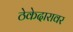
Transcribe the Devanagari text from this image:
ठेकेदारावर